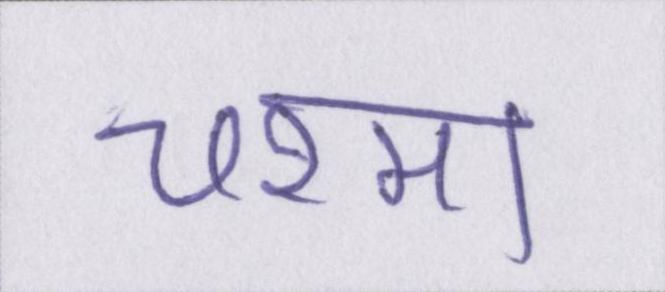
चश्मा